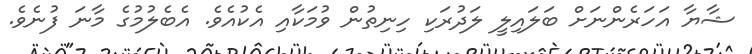
ޝާޔާ އަހަރެންނަށް ބަލައިލީ ލަދުރަކި ހިނިތުން ވުމަކާއި އެކުއެވެ. އެބެލުމުގެ މާނަ ފުނެވެ.